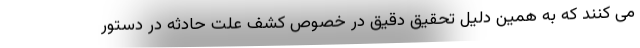
می کنند که به همین دلیل تحقیق دقیق در خصوص کشف علت حادثه در دستور